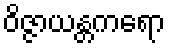
ဝိဇ္ဇာယန္တကရော